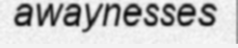
awaynesses